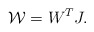
\begin{align*} \mathcal{W} = W^{T} J.\end{align*}